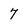
Character: 7